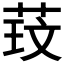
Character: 𫈑